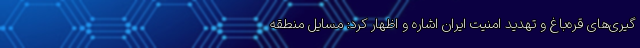
گیری‌های قره‌باغ و تهدید امنیت ایران اشاره و اظهار کرد: مسایل منطقه